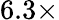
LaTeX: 6.3\times